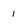
Character: 1